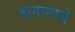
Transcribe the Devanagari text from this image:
दातामध्ये